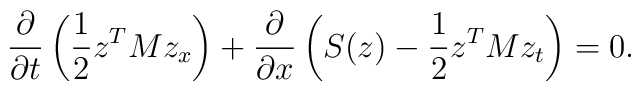
\frac{\partial}{\partial t}\left(\frac{1}{2}z^{T}Mz_{x}\right)   +\frac{\partial}{\partial x}\left(S(z)-\frac{1}{2}z^{T}Mz_{t}\right)=0.